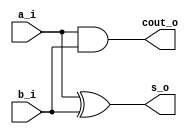
`timescale 1ns / 1ps
//////////////////////////////////////////////////////////////////////////////////
// Company: 
// Engineer: 
// 
// Design Name: 
// Module Name: half_adder_assign
// Project Name: 
// Target Devices: 
// Tool Versions: 
// Description: 
// 
// Dependencies: 
// 
// Revision:
// Revision 0.01 - File Created
// Additional Comments:
// 
//////////////////////////////////////////////////////////////////////////////////


module half_adder_assign
(
input a_i,
input b_i,
output s_o,
output cout_o
);

// xor G1 (s_o,a_i,b_i);
// and G2 (cout_o,a_i,b_i);

assign s_o      = a_i ^ b_i; 
assign cout_o   = a_i & b_i; 

endmodule